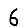
Digit: 6